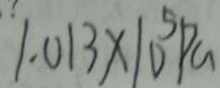
1 . 0 1 3 \times 1 0 ^ { 5 } P G